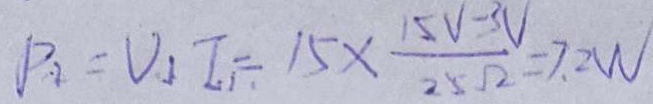
P _ { 2 } = V _ { 1 } I _ { 1 } = 1 5 \times \frac { 1 5 V - 3 V } { 2 5 \Omega } = 7 . 2 W